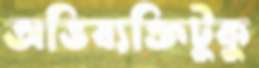
অভিব্যক্তিটুকু